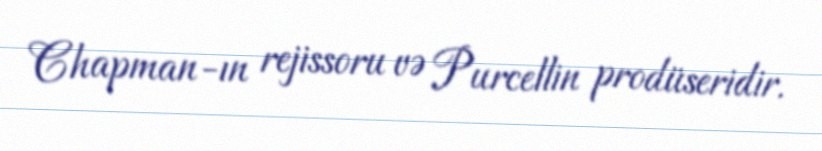
Chapman-ın rejissoru və Purcellin prodüseridir.